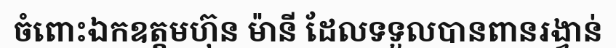
ចំពោះឯកឧត្តមហ៊ុន ម៉ានី ដែលទទួលបានពានរង្វាន់